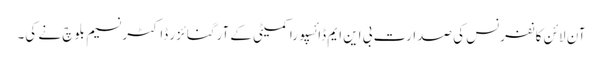
آن لائن کانفرنس کی صدارت بی این ایم ڈائسپورا کمیٹی کے آرگنائزر ڈاکٹر نسیم بلوچ نے کی۔